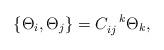
LaTeX: \begin{align*}\{\Theta_{i},\Theta_{j}\}=C_{ij}^{\ \ k}\Theta_{k},\end{align*}